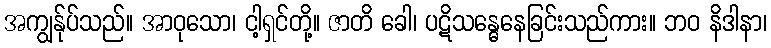
အကျွန်ုပ်သည်။ အာဝုသော၊ ငါ့ရှင်တို့။ ဇာတိ ခေါ၊ ပဋိသန္ဓေနေခြင်းသည်ကား။ ဘဝ နိဒါနာ၊